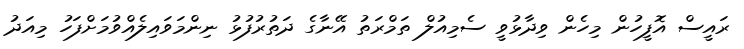
ރައީސް އޮފީހުން މިހެން ވިދާޅުވީ ސެމިއުލް ތަމްރަތު އޭނާގެ ދަތުރުފުޅު ނިންމަވައިލެއްވުމަށްފަހު މިއަދު